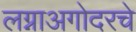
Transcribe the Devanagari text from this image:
लग्नाअगोदरचे